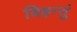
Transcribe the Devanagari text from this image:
विहन्तुं